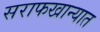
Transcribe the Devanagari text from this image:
सराफखान्यात